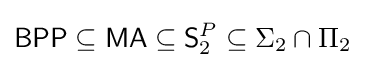
{\mathsf {BPP}}\subseteq {\mathsf {MA}}\subseteq {\mathsf {S}}_{2}^{P}\subseteq \Sigma _{2}\cap \Pi _{2}